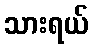
သားရယ်